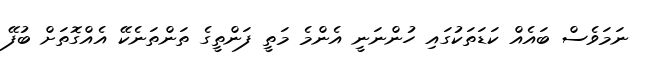
ނަމަވެސް ބައެއް ކަޑަތަކުގައި ހުންނަނީ އެންމެ މަތީ ފަންތީގެ ތަންތަނެކޭ އެއްގޮތަށް ބުފޭ